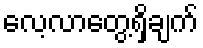
လေ့လာတွေ့ရှိချက်